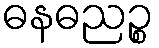
ဓနဓညဉ္စ